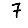
Digit: 7